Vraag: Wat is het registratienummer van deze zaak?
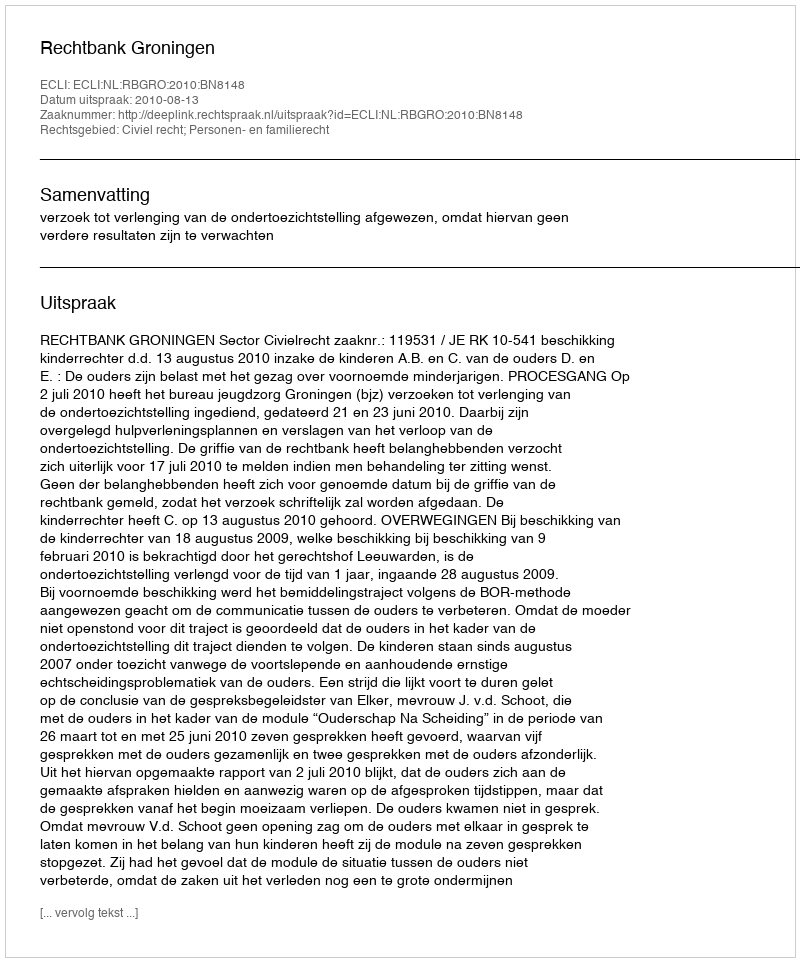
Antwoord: http://deeplink.rechtspraak.nl/uitspraak?id=ECLI:NL:RBGRO:2010:BN8148